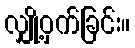
လျှို့ဝှက်ခြင်း။